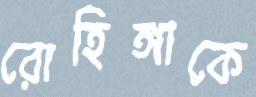
রোহিঙ্গাকে